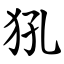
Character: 犼